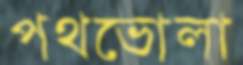
পথভোলা